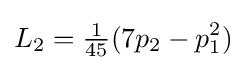
L_{2}={\tfrac {1}{45}}(7p_{2}-p_{1}^{2})